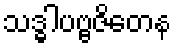
သဒ္ဓါပဗ္ဗဇိတေန